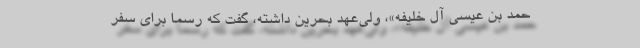
حمد بن عیسی آل خلیفه»، ولی‌عهد بحرین داشته، گفت که رسماً برای سفر